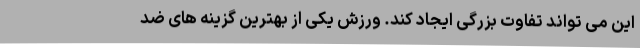
این می تواند تفاوت بزرگی ایجاد کند. ورزش یکی از بهترین گزینه های ضد